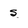
Character: s